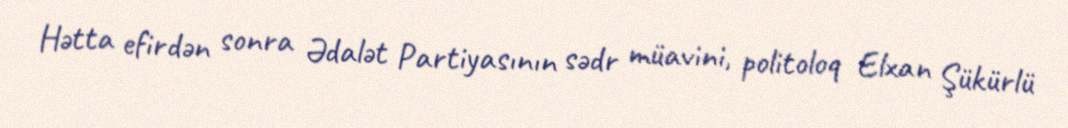
Hətta efirdən sonra Ədalət Partiyasının sədr müavini, politoloq Elxan Şükürlü